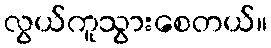
လွယ်ကူသွားစေတယ်။